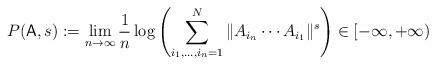
LaTeX: \begin{align*}P(\mathsf{A},s):=\lim_{n\to\infty}\frac{1}{n}\log \left(\sum_{i_1,\ldots,i_n=1}^N \|A_{i_n}\cdots A_{i_1}\|^s\right) \in [-\infty,+\infty)\end{align*}